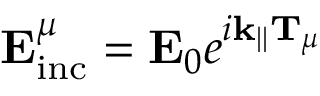
\mathbf { E } _ { \mathrm { i n c } } ^ { \mu } = \mathbf { E } _ { 0 } e ^ { i \mathbf { k } _ { | | } \mathbf { T } _ { \mu } }